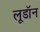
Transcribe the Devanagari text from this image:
लूडॉन